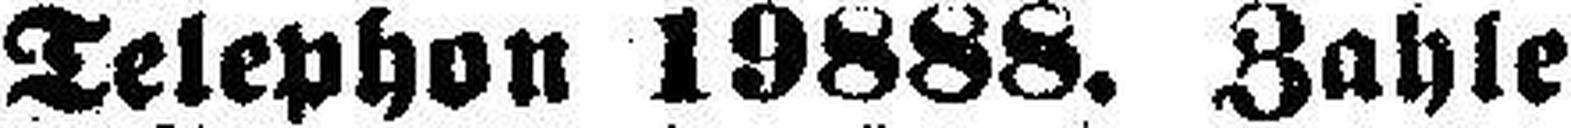
Telephon 19888. Zahle